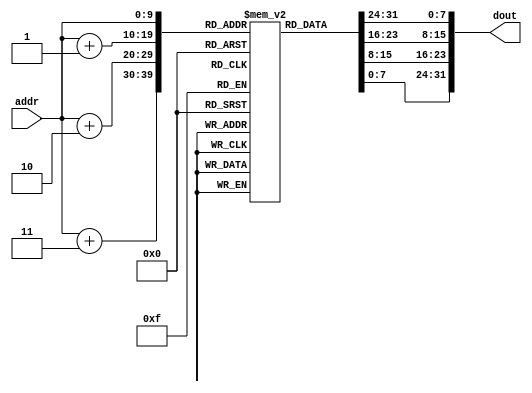
module im_1k(addr, dout);
  input [9:0] addr;   // address bus
  output [31:0] dout; // 32-bit memory output
  reg [7:0] im[1023:0];
  
  assign dout = {im[addr], im[addr+1], im[addr+2], im[addr+3]};
    
endmodule